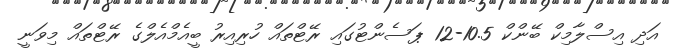
އަދި އިސްލާމިކް ބޭންކް 10.5-12 ޕަސެންޓުގައި ރޭޓްތައް ހުރިއިރު ބީއެމްއެލްގެ ރޭޓްތައް މިވަނީ